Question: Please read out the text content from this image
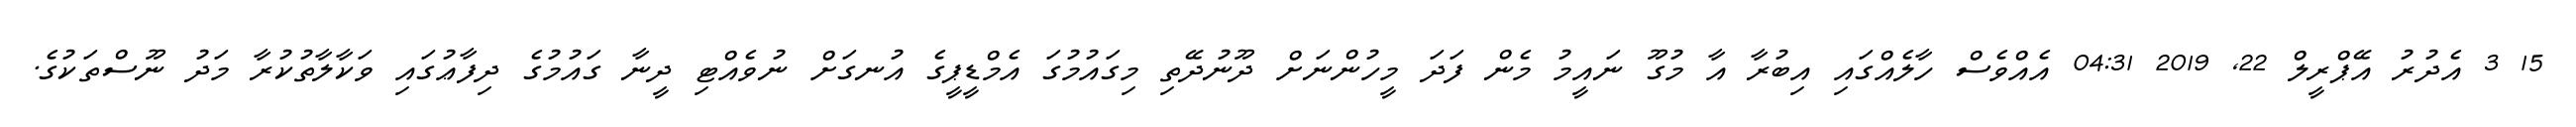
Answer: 15 3 އެދުރު އޭޕްރީލް 22, 2019 04:31 އެއްވެސް ހާލެއްގައި އިބުރާ އާ މުގޫ ނައީމު މެން ފަދަ މީހުންނަށް ދޫނުދޭތި މިގައުމުގަ އެމްޑީޕީގެ އުނގަށް ނުވެއްޓި ދީނާ ގައުމުގެ ދިފާޢުގައި ވަކާލާތުކުރާ މަދު ނޫސްތަކުގެ.